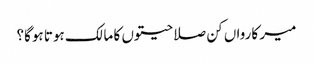
میر کارواں کن صلاحیتوں کا مالک ہوتا ہوگا؟